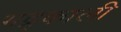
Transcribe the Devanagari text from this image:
भद्र्काली